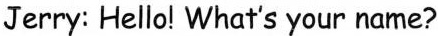
Jerry: Hello! What's your name?